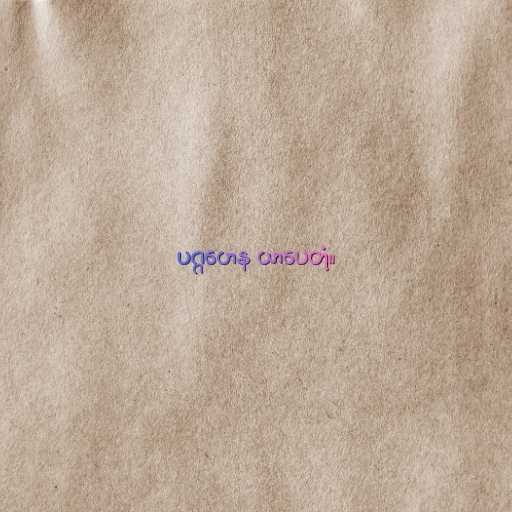
ပဂ္ဂဟေန ယာပေတုံ။